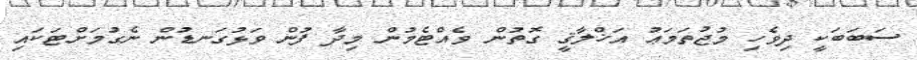
ސަބަބަކީ ދިވެހި މުޖުތަމަޢު އަޚްލާޤީ ގޮތުން ވެއްޓެމުން މިދާ ފުން ވަޅުގަނޑުން ނެގުމަށްޓަކައި